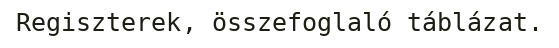
Regiszterek, összefoglaló táblázat.